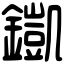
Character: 𨬫